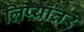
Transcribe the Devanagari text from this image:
लिप्यांतर